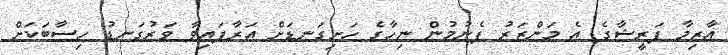
އާޒިމާ ފަރީޝާގެ އެ މަންޒަރު ފެނުމުން ނިހާގެ ހަށިގަނޑަށް އަރާފައިވާ ވަރުގަނޑު ހިސާބަކަށް